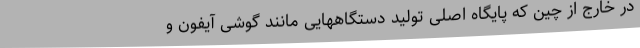
در خارج از چین که پایگاه اصلی تولید دستگاههایی مانند گوشی آیفون و